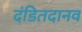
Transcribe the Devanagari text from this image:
दंडितदानव